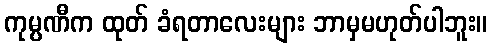
ကုမ္ပဏီက ထုတ် ခံရတာလေးများ ဘာမှမဟုတ်ပါဘူး။